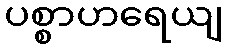
ပစ္စာဟရေယျ